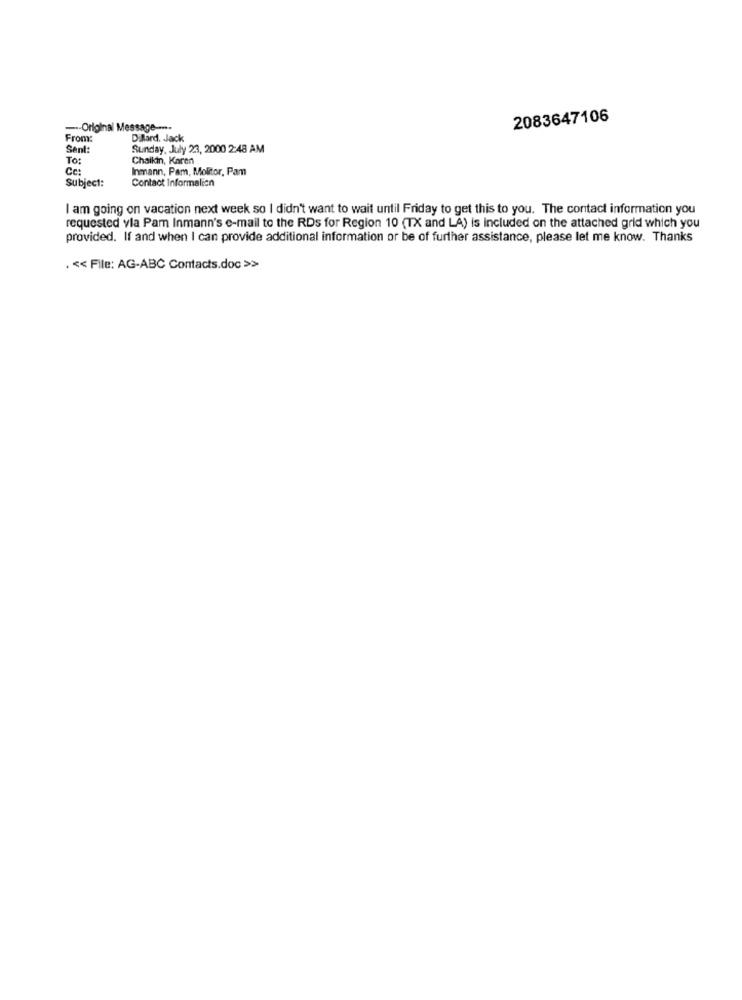
2083647106
--- Original Message ----
From:
Dillard. Jack
Sanl:
Sunday, July 23, 2000 2:48 AM
To:
Chaikin, Karen
Ce:
Inmann, Pam, Molitor, Pam
Subject:
Contact Informalich
I am going on vacation next week so I didn't want to wait until Friday to get this to you. The contact information you
requested via Pam Inmann's e-mail to the RDs for Region 10 (TX and LA) is included on the attached grid which you
provided. If and when I can provide additional information or be of further assistance, please let me know. Thanks
. << File: AG-ABC Contacts.doc >>